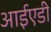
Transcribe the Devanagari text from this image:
आईएडी